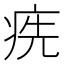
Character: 㾌